Tezpur Lunatic Asylum reports 1877-1894 - 1877-1894
Year: 1877
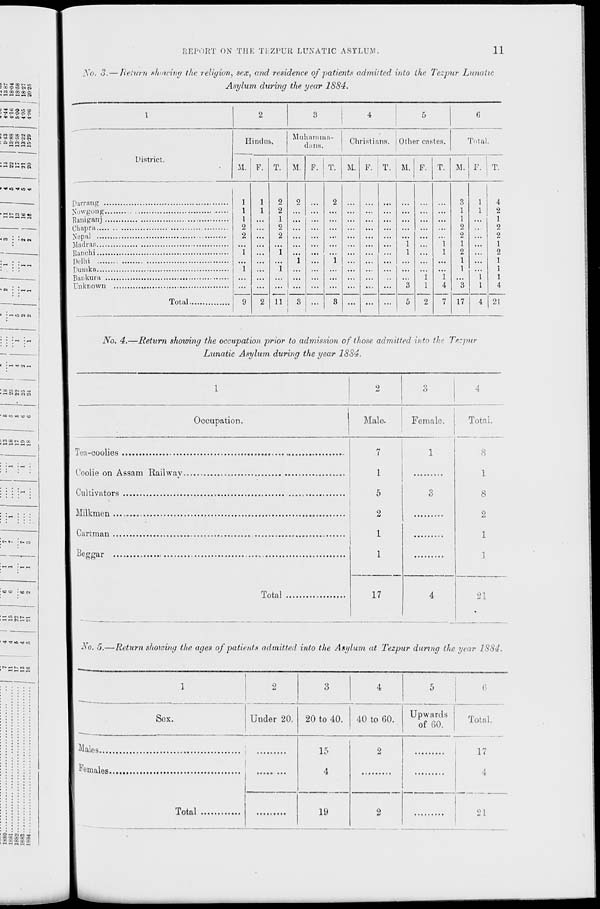
REPORT ON TFIK TKZPUR LUNATIC ASYLUM.
11
S l» f 00 Ms
: /. 9 i~ 7\ c»
< fC 00 CO 00 o
1 I- ~ -.—I ~«
> *»■ 'C O its "O
> -^ rH o o r^
!• ■w ^> in •i. 4t
5 CO 00 00 -M Ci
) ^» in WN
: cinwmiij
-• N^Jlg
II <* K5 TJC in v
■ H t- « -o O
■>" • -NCT
« • iHM
» 'HOMN
1 • rH .»• C* ,-.
* oo « CM us **
"-I f N Cl N
io i: w r o
> CO CO I— CJ oc
< t-< r-> r-c —, .—
t» »» • t~ CO
~ - r~
<c • • <o «
W PI N H
C< .-< C-l
^ ^ »c »* »o
„
H t* CQ (O
'o-iMn-
• ■ >. , 6
No. 3. — Return allowing the religion, sex, and residence of patients admitted into the Tezpur Lunatic
Asylum during the year 1884.
1
2
3
4
5
Hindus.
Muhamma-
dnns.
Christians. Other castes.
District.
M. 1 F.
1
T. M. F. T.
1
M. F. T. M. F. T.
Total.
M. F. T.
Parrang
Kowgong
Raniganj
Chapra
N"ep;il
M ad ran
Banchi
Delhi
puinka
Bankuru
Unknown
Total.
1
I
2
2
2
3
1
1
I
2 ... ... ... ...
..
..
...
...
...
1
1
I
1 ...
...
...
..
...
...
...
1
..
2
2
2
2 ...
2 ... ... ... ...
• •
• •
i
i
...
1
1
2
1
2
••
"i
"i
... |
'.'.'.
;;
'.'.'.
...
...
...
1 ...
i ... .. .. ... ... ... 1 • •
i ...
i ... ... ... ...
.,
...
...
1
..
1
1
1
•••
2 li
...
...
...
...
...
••
3
1
2
4
7
3
1
9
3 ...
3 ... ... ...
5
17
4
4
2
1
2
2
1
2
1
1
1
4
21
No. 4.—Return showing the occupation prior to admission of those admitted into the Tezpur
Lunatic Asylum during the year 1884.
Occupation.
Male.
Female.
Total.
7
1
5
2
1
1
1
8
1
3
8
2
1
1
Total
17
4
21
No. 5.—Return showing the ages of patients admitted into the Asylum at Tezpur dunng the year 1884.
5
Sox.
Males
,
Females
,
Total
Under 20. 20 to 40.
40 to 00.
Upwards
of 60.
Total.
15
4
19
17
4
21